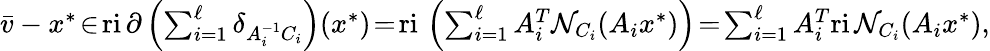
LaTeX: \begin{array}{r}{\textstyle\bar{v}-x^{*}\! \in\! \mathrm{ri}\, \partial\left(\sum_{i=1}^{\ell}\delta_{A_{i}^{-1}C_{i}}\right)(x^{*})\! =\! \mathrm{ri}\, \left(\sum_{i=1}^{\ell}A_{i}^{T}\mathcal{N}_{C_{i}}(A_{i}x^{*})\right)\! =\! \sum_{i=1}^{\ell}A_{i}^{T}\mathrm{ri}\, \mathcal{N}_{C_{i}}(A_{i}x^{*}),}\end{array}